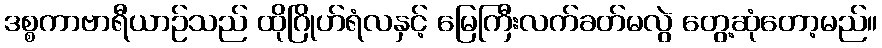
ဒစ္စကာဗာရီယာဉ်သည် ထိုဂြိုဟ်ရံလနှင့် မြေကြီးလက်ခတ်မလွဲ တွေ့ဆုံတော့မည်။